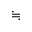
\fallingdotseq